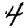
Digit: 4